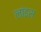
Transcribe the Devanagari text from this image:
लांइस